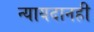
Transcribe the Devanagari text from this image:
न्यायदानही